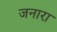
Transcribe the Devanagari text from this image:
जनारा